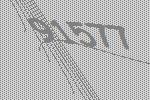
91577